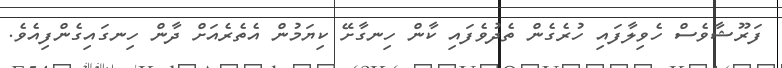
ފަރޫޝާވެސް ހެވިލާފައި ހުރެގެން ތެދުވެފައި ކާން ހިނގާށޭ ކިޔަމުން އެތެރެއަށް ދާން ހިނގައިގެންފިއެވެ.